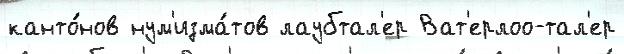
канто́нов нум'изма́тов лаубтал'ер Ват'ерлоо-тал'ер